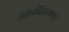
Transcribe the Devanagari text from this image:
था।इतिहासकार